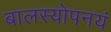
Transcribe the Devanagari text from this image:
बालस्योपनयं